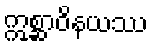
ဣစ္ဆာဝိနယဿ